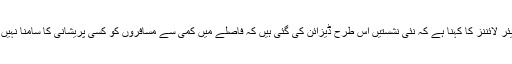
تاہم ایئر لائننز کا کہنا ہے کہ نئی نشستیں اس طرح ڈیزائن کی گئی ہیں کہ فاصلے میں کمی سے مسافروں کو کسی پریشانی کا سامنا نہیں ہوگا۔